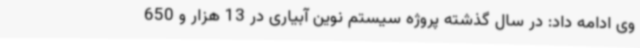
وی ادامه داد: در سال گذشته پروژه سیستم نوین آبیاری در 13 هزار و 650